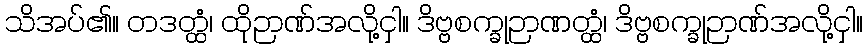
သိအပ်၏။ တဒတ္ထံ၊ ထိုဉာဏ်အလို့ငှါ။ ဒိဗ္ဗစက္ခုဉာဏတ္ထံ၊ ဒိဗ္ဗစက္ခုဉာဏ်အလို့ငှါ။